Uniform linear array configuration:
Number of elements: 64
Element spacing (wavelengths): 1
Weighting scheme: cosine
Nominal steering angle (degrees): -60
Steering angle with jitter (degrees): -59.473
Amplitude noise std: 0.05
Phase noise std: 0.05

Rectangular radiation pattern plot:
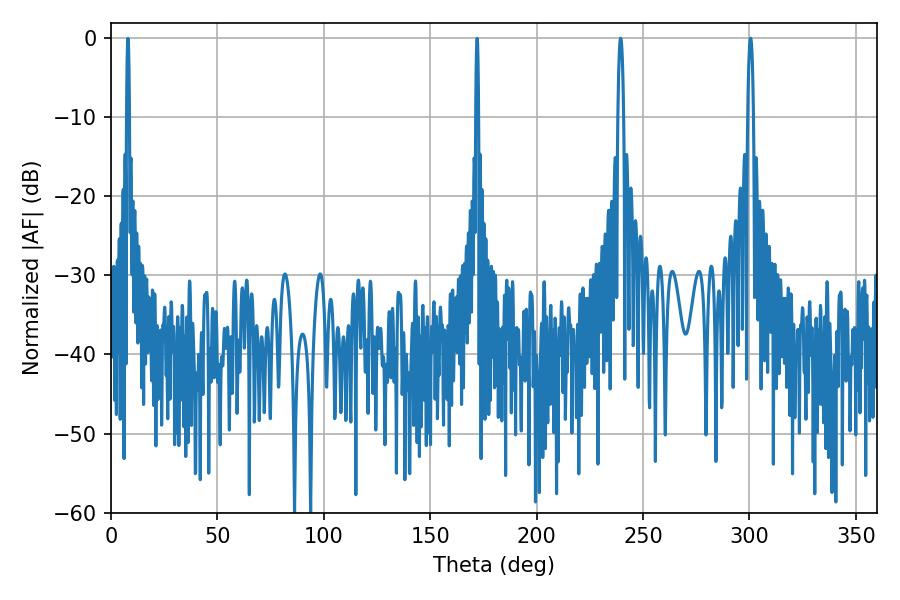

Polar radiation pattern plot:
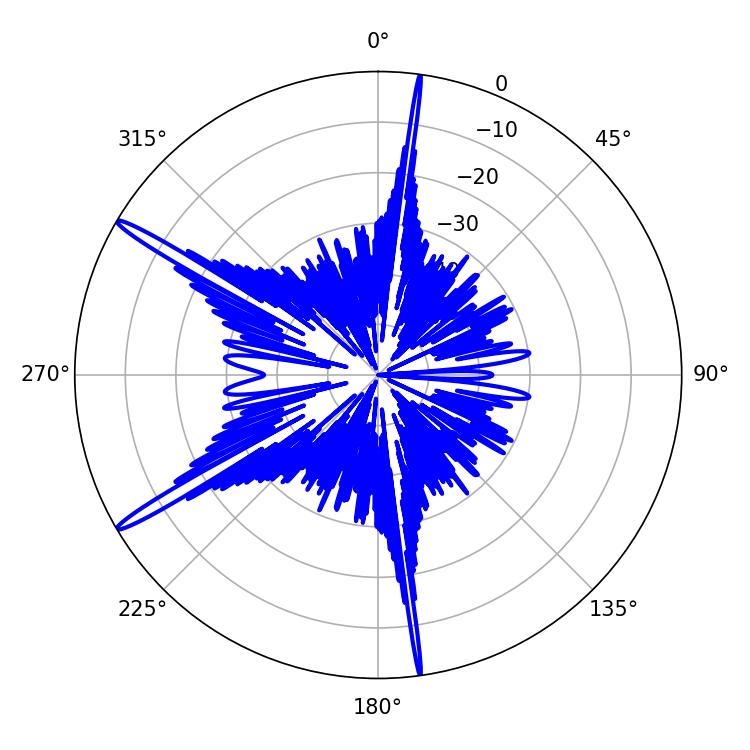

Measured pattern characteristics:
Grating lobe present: TRUE
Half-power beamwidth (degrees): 1.62
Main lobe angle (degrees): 239.4